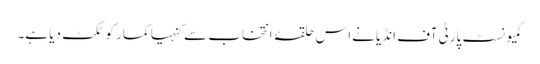
کمیونسٹ پارٹی آف انڈیا نےاس حلقۂ انتخاب سے کنہیا کمار کو ٹکٹ دیا ہے۔